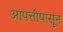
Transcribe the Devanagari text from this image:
आपत्तींपासून